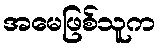
အမေဖြစ်သူက